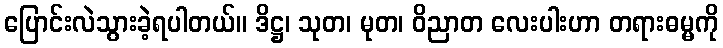
ပြောင်းလဲသွားခဲ့ရပါတယ်။ ဒိဋ္ဌ၊ သုတ၊ မုတ၊ ဝိညာတ လေးပါးဟာ တရားဓမ္မကို